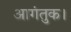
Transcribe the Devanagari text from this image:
आगंतुक।